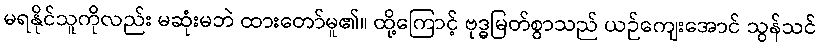
မရနိုင်သူကိုလည်း မဆုံးမဘဲ ထားတော်မူ၏။ ထို့ကြောင့် ဗုဒ္ဓမြတ်စွာသည် ယဉ်ကျေးအောင် သွန်သင်